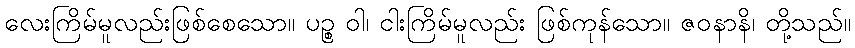
လေးကြိမ်မူလည်းဖြစ်စေသော။ ပဉ္စ ဝါ၊ ငါးကြိမ်မူလည်း ဖြစ်ကုန်သော။ ဇဝနာနိ၊ တို့သည်။